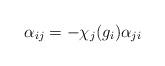
LaTeX: \begin{align*}\alpha_{ij} = -\chi_j(g_i) \alpha_{ji}\end{align*}